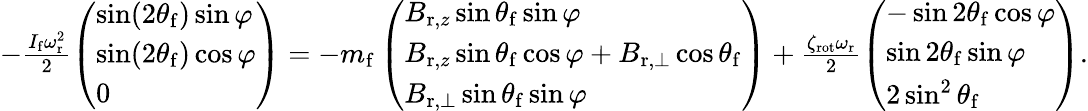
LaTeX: \begin{array}{r}{-\frac{I_{\mathrm{f}}\omega_{\mathrm{r}}^{2}}{2}\left(\begin{array}{l}{\sin(2\theta_{\mathrm{f}})\sin\varphi}\\ {\sin(2\theta_{\mathrm{f}})\cos\varphi}\\ {0}\end{array}\right)=-m_{\mathrm{f}}\left(\begin{array}{l}{B_{\mathrm{r},z}\sin\theta_{\mathrm{f}}\sin\varphi}\\ {B_{\mathrm{r},z}\sin\theta_{\mathrm{f}}\cos\varphi+B_{\mathrm{r},\perp}\cos\theta_{\mathrm{f}}}\\ {B_{\mathrm{r},\perp}\sin\theta_{\mathrm{f}}\sin\varphi}\end{array}\right)+\frac{\zeta_{\mathrm{rot}}\omega_{\mathrm{r}}}{2}\left(\begin{array}{l}{-\sin 2\theta_{\mathrm{f}}\cos\varphi}\\ {\sin 2\theta_{\mathrm{f}}\sin\varphi}\\ {2\sin^{2}\theta_{\mathrm{f}}}\end{array}\right).}\end{array}